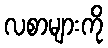
လစာများကို